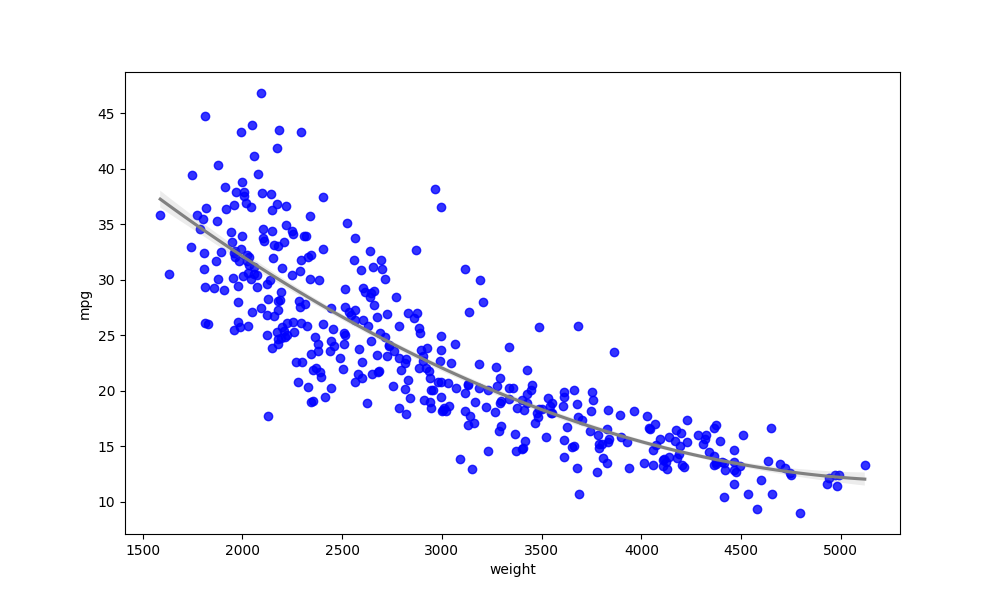
python, seaborn, regplot, order=2, ci=68, scatter_color=blue, line_color=gray